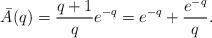
LaTeX: \begin{align*}\bar A(q) = \frac{q+1}{q}e^{-q} = e^{-q}+\frac{e^{-q}}q.\end{align*}